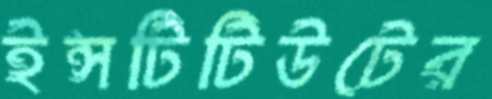
ইন্সটিটিউটের